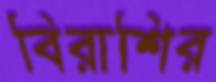
বিরাশির